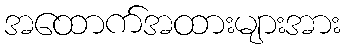
အထောက်အထားများအား